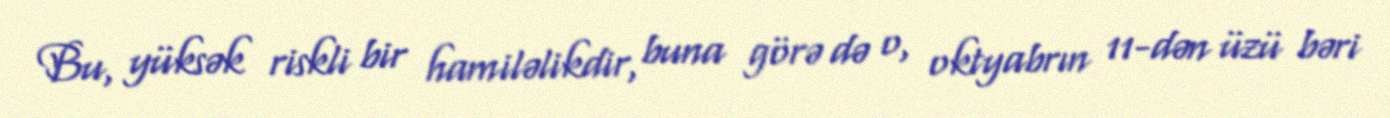
Bu, yüksək riskli bir hamiləlikdir, buna görə də o, oktyabrın 11-dən üzü bəri